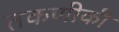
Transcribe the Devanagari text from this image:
तकणीकी